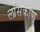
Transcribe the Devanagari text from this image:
लसिकाणु